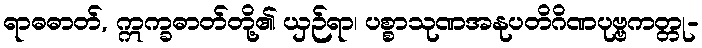
ရာဓဓာတ်, ဣက္ခဓာတ်တို့၏ ယှဉ်ရာ၊ ပစ္စာသုဏအနုပတိဂိဏပုဗ္ဗကတ္တု-